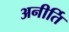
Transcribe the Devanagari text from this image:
अनीर्ति